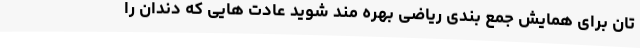
تان برای همایش جمع بندی ریاضی بهره مند شوید عادت هایی که دندان را